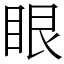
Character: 眼